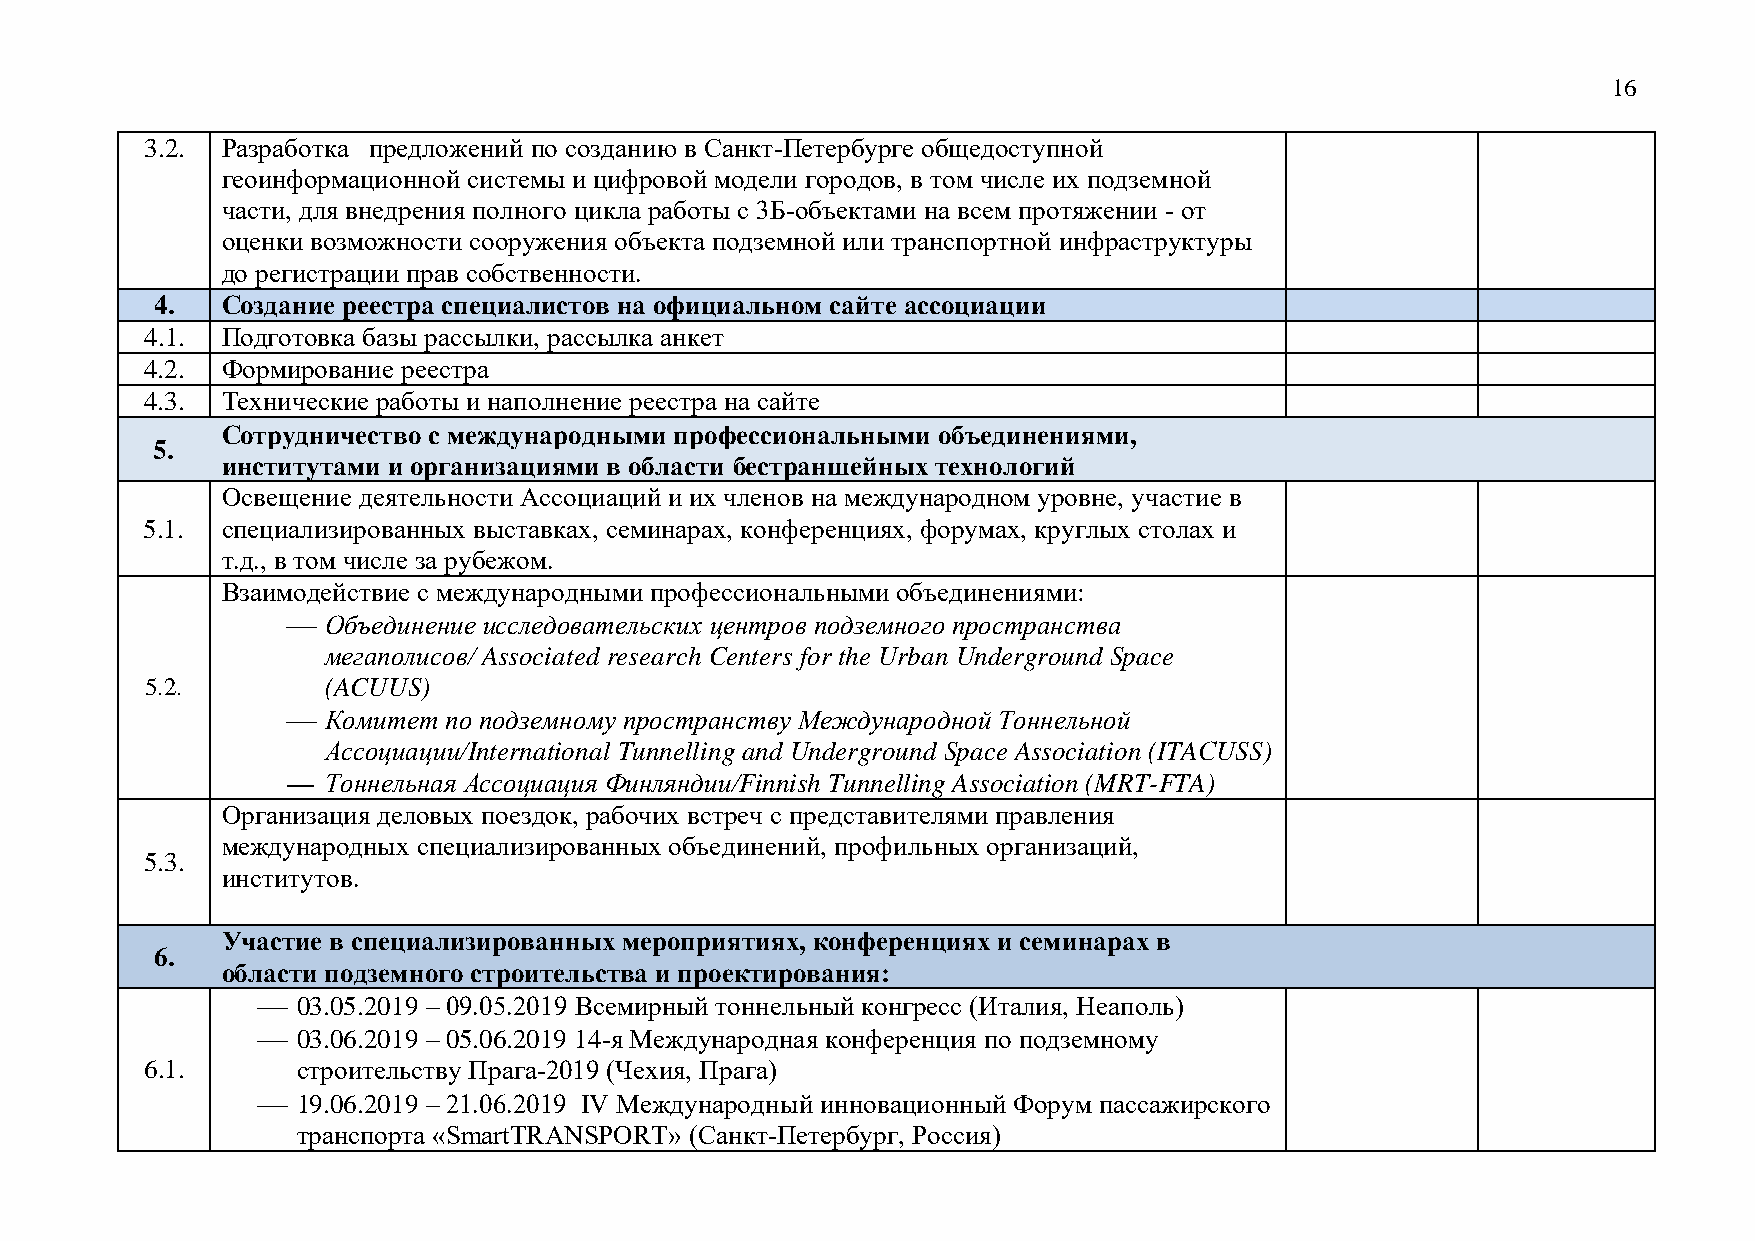
16
 3.2. Разработка предложений по созданию в Санкт-Петербурге общедоступной
 геоинформационной системы и цифровой модели городов, в том числе их подземной
 части, для внедрения полного цикла работы с 3Б-объектами на всем протяжении - от
 оценки возможности сооружения объекта подземной или транспортной инфраструктуры
 до регистрации прав собственности.
 4.   Создание реестра специалистов на официальном сайте ассоциации
 4.1. Подготовка базы рассылки, рассылка анкет
 4.2. Формирование реестра
 4.3. Технические работы и наполнение реестра на сайте
 Сотрудничество с международными профессиональными объединениями,
 5.
 институтами и организациями в области бестраншейных технологий
 Освещение деятельности Ассоциаций и их членов на международном уровне, участие в
 5.1.  специализированных выставках, семинарах, конференциях, форумах, круглых столах и
 т.д., в том числе за рубежом.
 Взаимодействие с международными профессиональными объединениями:
   Объединение исследовательских центров подземного пространства
 мегаполисов/ Associated research Centers for the Urban Underground Space
 5.2.        (ACUUS)
   Комитет по подземному пространству Международной Тоннельной
 Ассоциации/International Tunnelling and Underground Space Association (ITAСUSS)
   Тоннельная Ассоциация Финляндии/Finnish Tunnelling Association (MRT-FTA)
 Организация деловых поездок, рабочих встреч с представителями правления
 международных специализированных объединений, профильных организаций,
 5.3.
 институтов.
 Участие в специализированных мероприятиях, конференциях и семинарах в
 6.
 области подземного строительства и проектирования:
   03.05.2019 – 09.05.2019 Всемирный тоннельный конгресс (Италия, Неаполь)
   03.06.2019 – 05.06.2019 14-я Международная конференция по подземному
 6.1.      строительству Прага-2019 (Чехия, Прага)
   19.06.2019 – 21.06.2019 IV Международный инновационный Форум пассажирского
 транспорта «SmartTRANSPORT» (Санкт-Петербург, Россия)